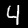
Digit: 4